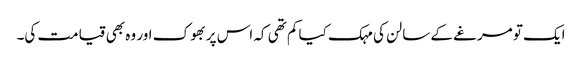
ایک تو مرغے کے سالن کی مہک کیا کم تھی کہ اس پر بھوک اور وہ بھی قیامت کی۔